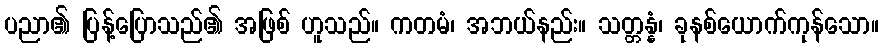
ပညာ၏ ပြန့်ပြောသည်၏ အဖြစ် ဟူသည်။ ကတမံ၊ အဘယ်နည်း။ သတ္တန္နံ၊ ခုနစ်ယောက်ကုန်သော။